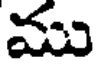
ము